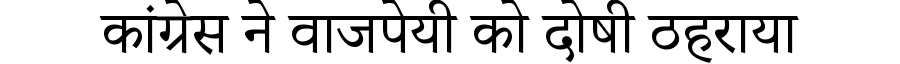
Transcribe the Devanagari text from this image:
कांग्रेस ने वाजपेयी को दोषी ठहराया